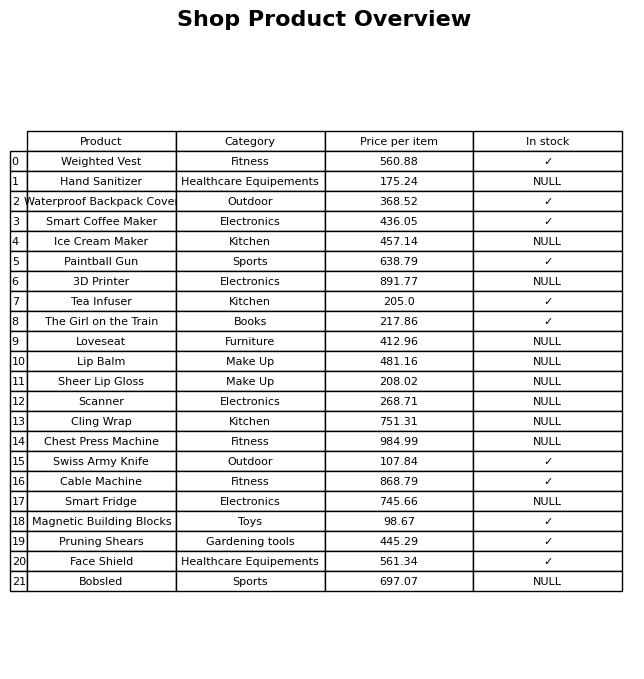
question: Which products are currently out of stock?
answer: Hand Sanitizer, Ice Cream Maker, 3D Printer, Loveseat, Lip Balm, Sheer Lip Gloss, Scanner, Cling Wrap, Chest Press Machine, Smart Fridge, Bobsled